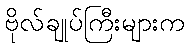
ဗိုလ်ချုပ်ကြီးများက